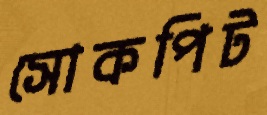
সোকপিট